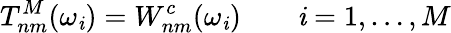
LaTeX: T_{nm}^{M}(\omega_{\mathit{i}})=W_{nm}^{c}(\omega_{\mathit{i}})\qquad\mathit{i}=1,\ldots,M